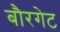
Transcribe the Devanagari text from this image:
बौरगेट